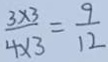
\frac { 3 \times 3 } { 4 \times 3 } = \frac { 9 } { 1 2 }